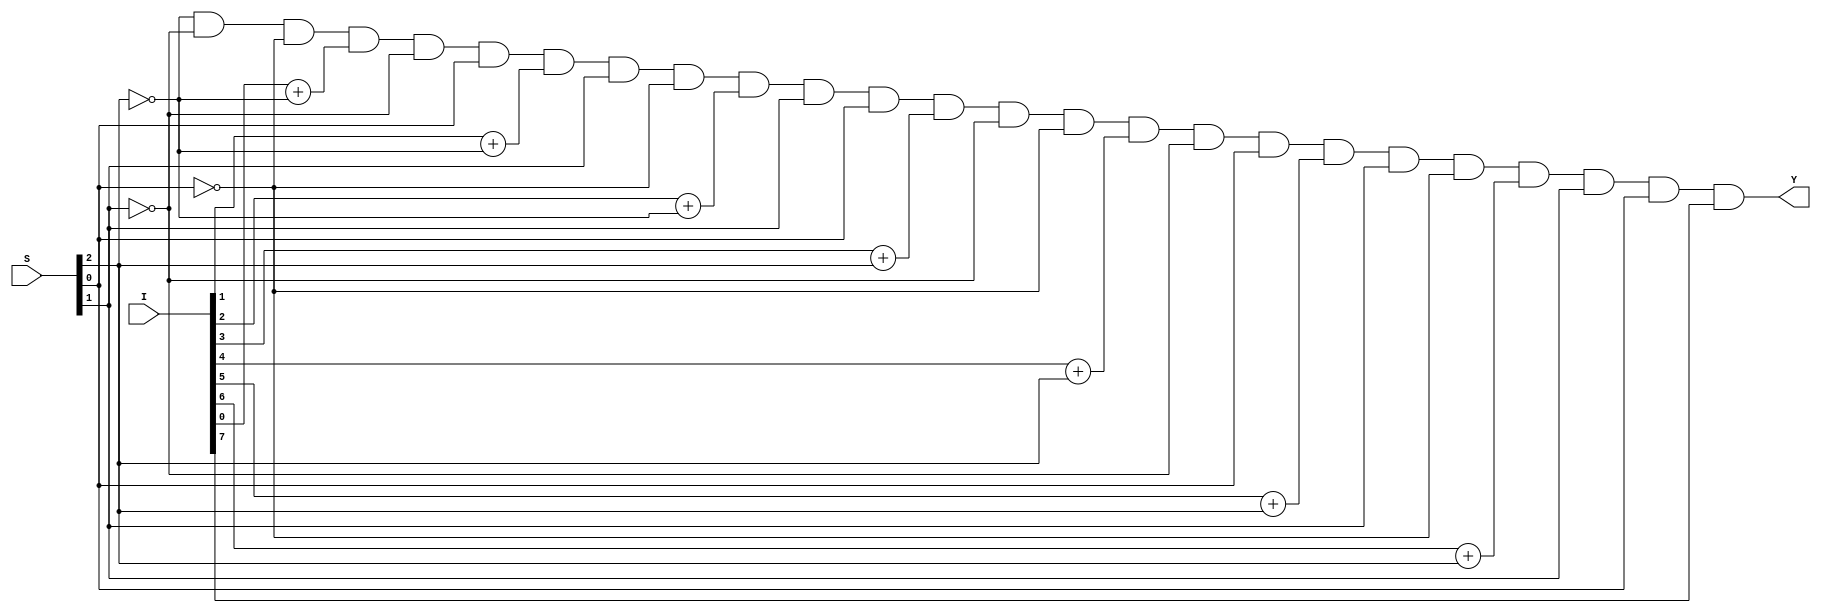
`timescale 1ns / 1ps
module Mux_8x1_Dataflow(
input [7:0] I,
input [2:0] S, 
output Y
    );

assign Y = ~S[2]&~S[1]&~S[0]&I[0] + ~S[2]&~S[1]&S[0]&I[1] + ~S[2]&S[1]&~S[0]&I[2] + ~S[2]&S[1]&S[0]&I[3] + S[2]&~S[1]&~S[0]&I[4] + S[2]&~S[1]&S[0]&I[5] + S[2]&S[1]&~S[0]&I[6] + S[2]&S[1]&S[0]&I[7];
endmodule